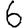
Digit: 6